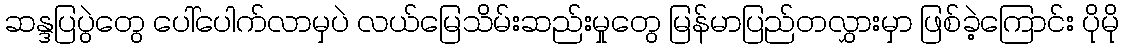
ဆန္ဒပြပွဲတွေ ပေါ်ပေါက်လာမှပဲ လယ်မြေသိမ်းဆည်းမှုတွေ မြန်မာပြည်တလွှားမှာ ဖြစ်ခဲ့ကြောင်း ပိုမို